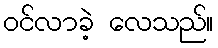
ဝင်လာခဲ့ လေသည်။